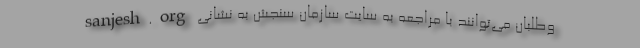
وطلبان می‌توانند با مراجعه به سایت سازمان سنجش به نشانی sanjesh.org